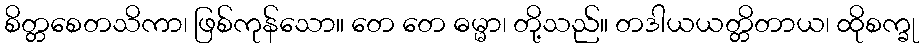
စိတ္တစေတသိကာ၊ ဖြစ်ကုန်သော။ တေ တေ ဓမ္မာ၊ တို့သည်။ တဒါယယတ္တိတာယ၊ ထိုစက္ခု